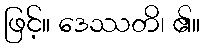
ဖြင့်။ ဒေဿတိ၊ ၏။